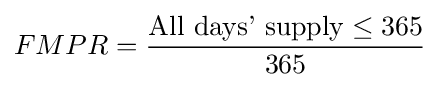
FMPR={\dfrac {{\text{All days' supply}}\leq 365}{365}}